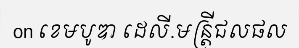
on ខេមបូឌា ដេលី.មន្ត្រីជលផល